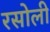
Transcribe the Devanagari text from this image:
रसोली